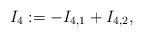
LaTeX: \begin{align*} I_4 := - I_{4,1} + I_{4,2},\end{align*}